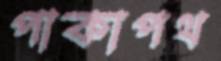
পাকাপথ